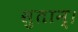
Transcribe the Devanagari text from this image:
सुतान्।